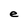
Character: e